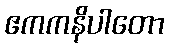
ဧကကနိပါတော